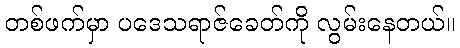
တစ်ဖက်မှာ ပဒေသရာဇ်ခေတ်ကို လွမ်းနေတယ်။